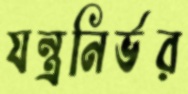
যন্ত্রনির্ভর